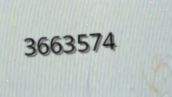
3663574